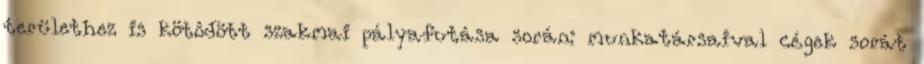
területhez is kötôdött szakmai pályafutása során: munkatársaival cégek sorát